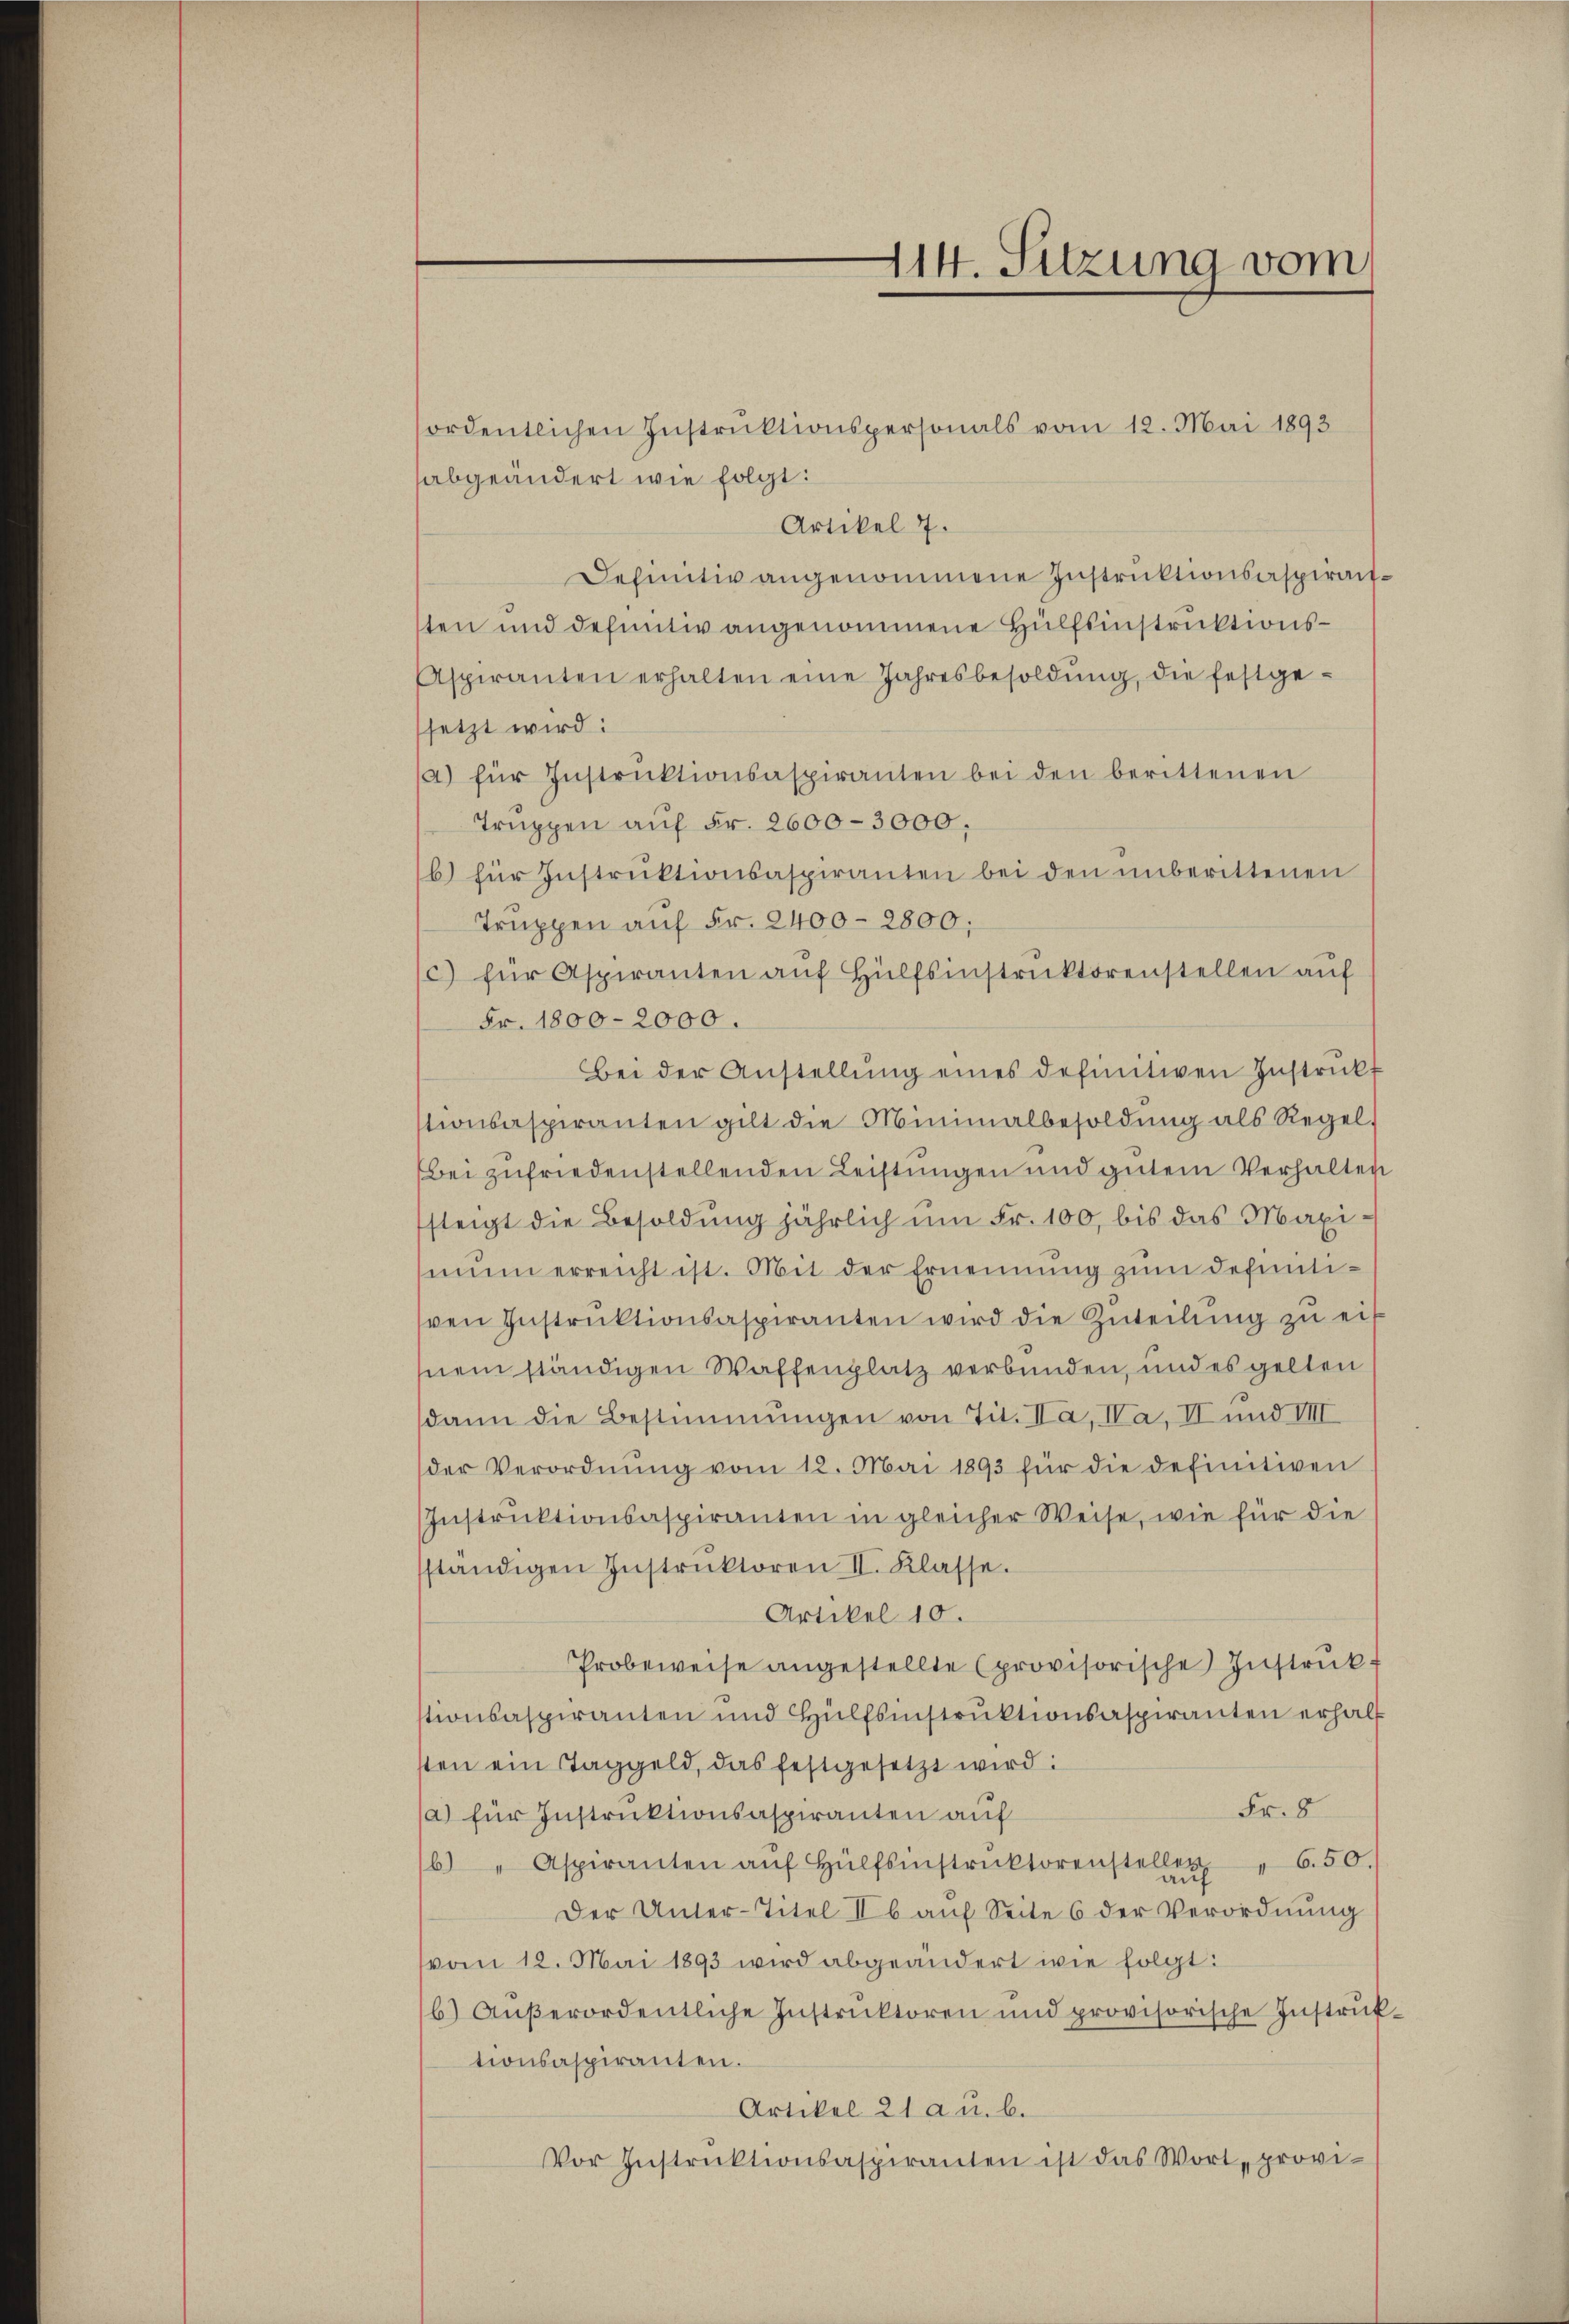
414. Sitzung vom

fordentlichen Instruktionspersonals vom 12. Mai 1893
abgeändert wie folgt:
Artikel 7.
Definitiv angenommene Instruktionsaspirantsten und definitiv angenommene Hülfsinstruktions¬
Aspiranten erhalten eine Jahresbesoldŭng, die festge-
setzt wird:
(a) für Instruktionsaspiranten bei den berittenen
Truppen auf Fr. 2600–3000,
b) für Instrŭktionsaspiranten bei den ŭnberittenen
Truppen auf Fr. 2400-2800;
c) für Aspiranten auf Hülfsinstruktorenstellen auf
Fr. 1800-2000.
Bei der Anstellŭng eines definitiven Instruckt
stionsaspiranten gilt die Minimalbesoldŭng als Regel,
Bei zufriedenstellenden Leistungen und gutem Verhalten
steigt die Besoldung jährlich um Fr. 100, bis das Maximŭm erreicht ist. Mit der Ernennung zum definitisen Instrŭktionsaspiranten wird die Zuteilŭng zu eif
nem ständigen Waffenplatz verbunden, und es gelten
dann die Bestimmungen von Tit. Na, Na, II und VIII
der Verordnŭng vom 12. Mai 1893 für die definitiven
Instruktionsaspiranten in gleicher Weise, wie für die
ständigen Instrŭktoren II. Klasse.
Artikel 10.
Probeweise angestellte (provisorische Instrukstionsaspiranten und Hülfsinstruktionsaspiranten erhalt
ten ein Taggeld, das festgesetzt wird:
Fr. 8
a) für Instruktionsaspiranten auf
b) " Aspiranten aŭf Hülfsinstruktorenstellen
650.
Der Unter-Titel Ib aŭf Seite 6 der Verordnŭng
vom 12. Mai 1893 wird abgeändert wie folgt:
6) Aŭβerordentliche Instrŭktoren und provisorische Instrŭk-
tionsaspiranten.
Artikel 21 a u. b.
Vor Instruktionsaspiranten ist das Wort „provi-